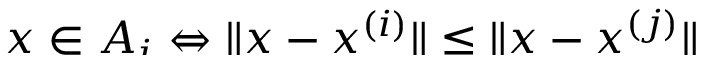
\smash { x \in A _ { i } \Leftrightarrow \| x - x ^ { ( i ) } \| \le \| x - x ^ { ( j ) } \| }